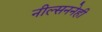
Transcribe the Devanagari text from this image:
नील्सननेही